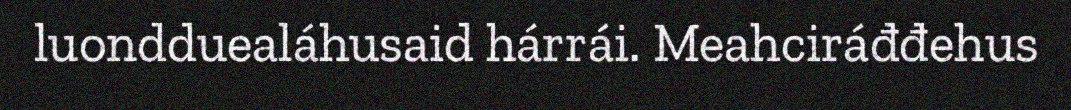
luondduealáhusaid hárrái. Meahciráđđehus